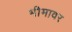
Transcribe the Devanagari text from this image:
भीमावर